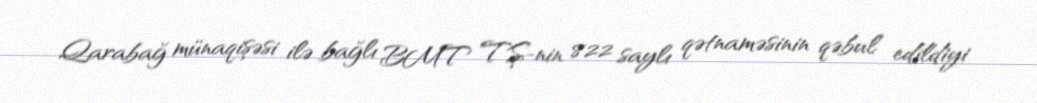
Qarabağ münaqişəsi ilə bağlı BMT TŞ-nin 822 saylı qətnaməsinin qəbul edildiyi